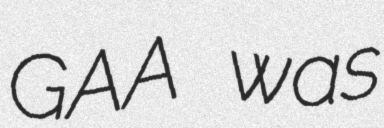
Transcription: GAA was